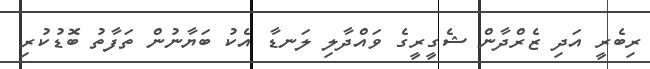
ރިބެރީ އަދި ޒެރްދާން ޝެގީރީގެ ވައްދާލި ލަނޑާ އެކު ބަޔާނުން ތަފާތު ބޮޑުކުރި